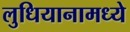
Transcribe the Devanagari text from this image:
लुधियानामध्ये